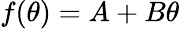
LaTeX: f(\theta)=A+B\theta